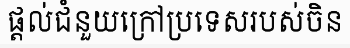
ផ្តល់ជំនួយក្រៅប្រទេសរបស់ចិន